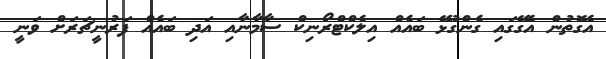
އެގޮތުން އެގޭގައި ގެންގުޅޭ ބައެއް އިލެކްޓްރޯނިކް ސާމާނާއި އަދި ބައެއް ފަރުނީޗަރަށް ވަނީ